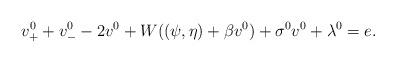
LaTeX: \begin{align*} v^0_++v^0_--2v^0+W((\psi,\eta)+\beta v^0)+\sigma^0v^0 + \lambda^0=e.\end{align*}